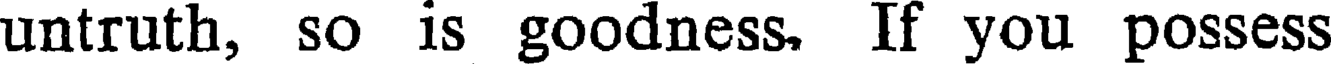
untruth, so is goodness. If you possess